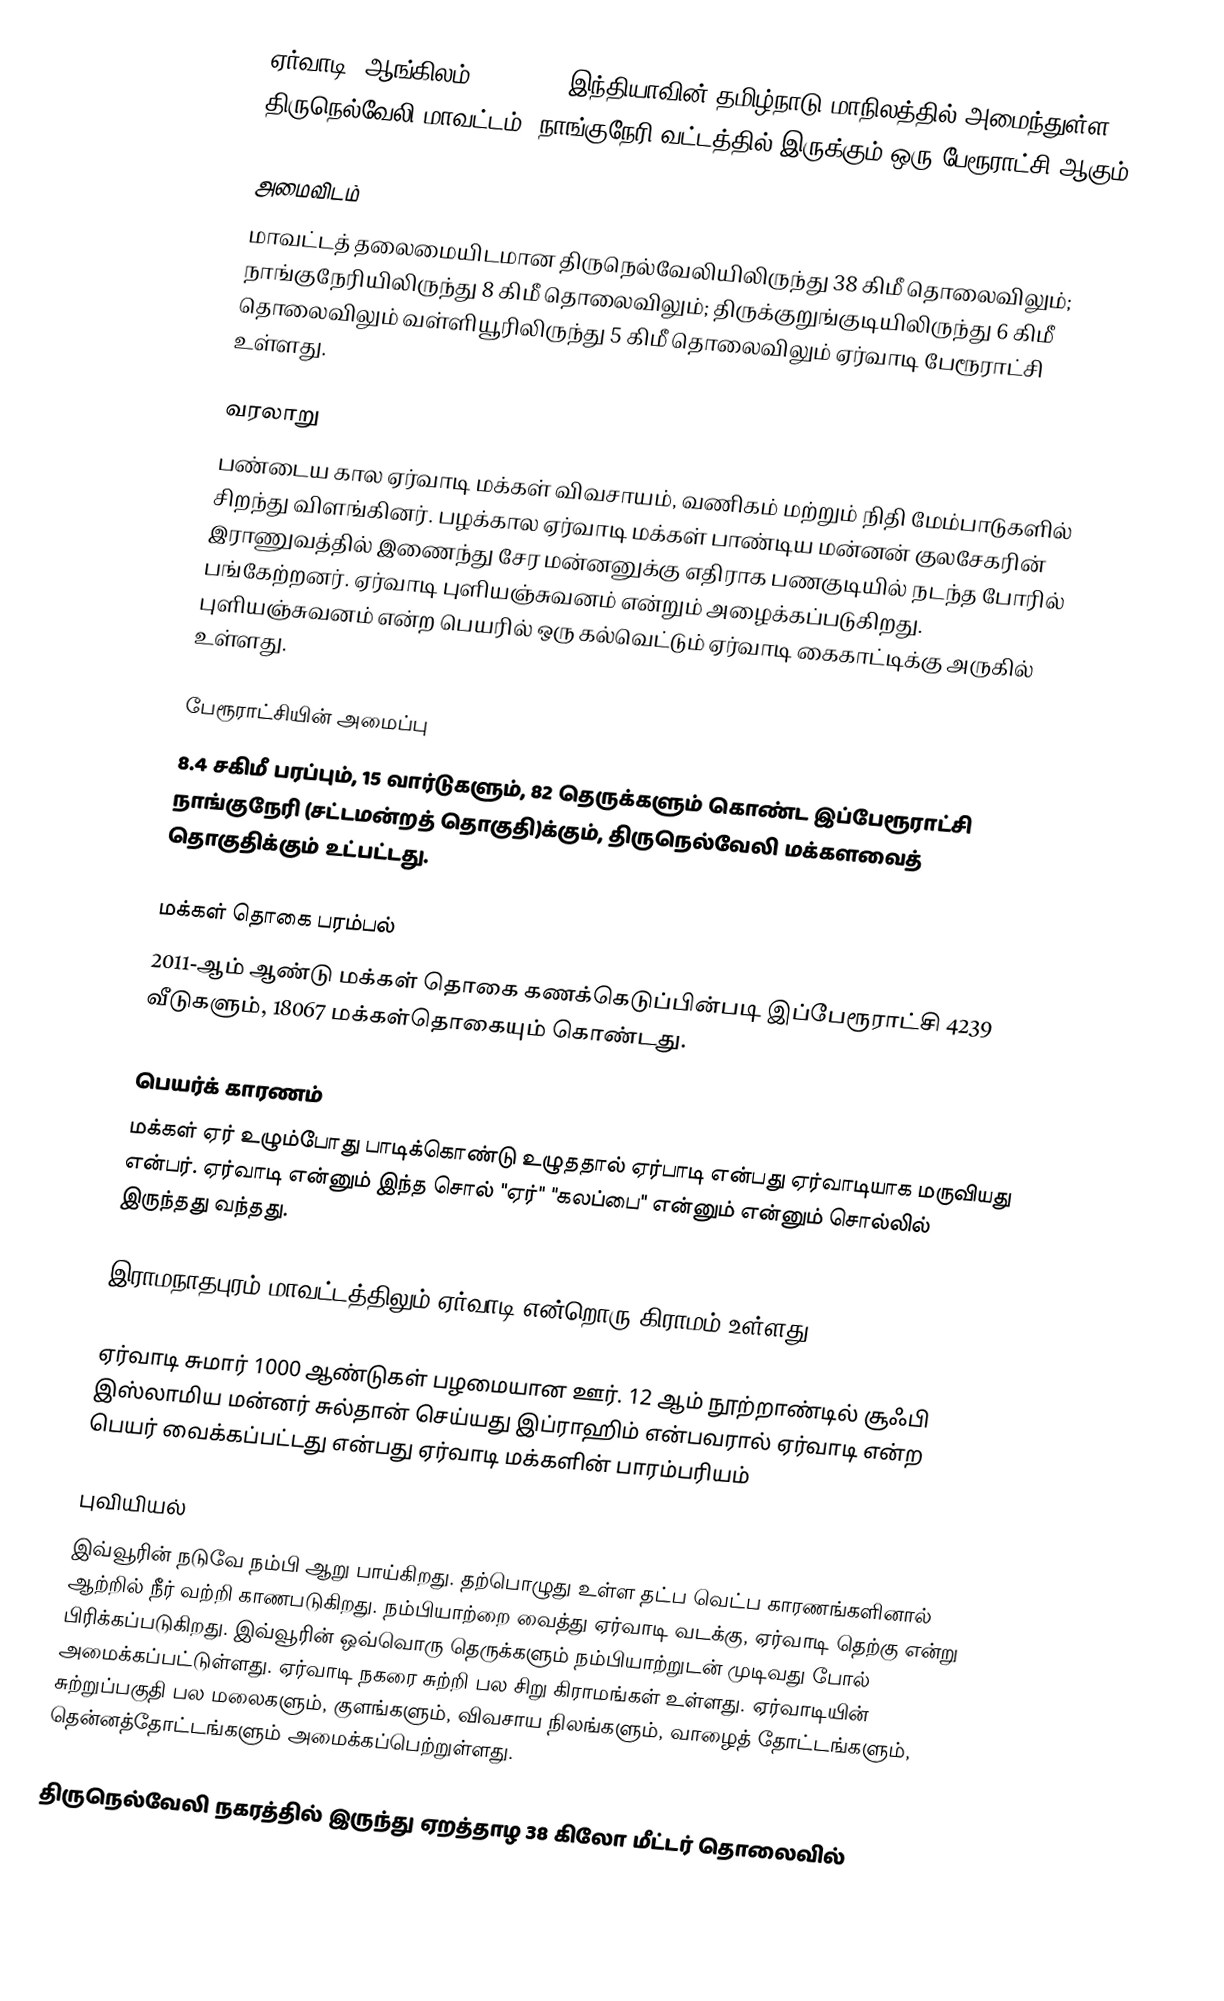
ஏர்வாடி (ஆங்கிலம்:Eruvadi), இந்தியாவின் தமிழ்நாடு மாநிலத்தில் அமைந்துள்ள திருநெல்வேலி மாவட்டம், நாங்குநேரி வட்டத்தில் இருக்கும் ஒரு பேரூராட்சி ஆகும்.

அமைவிடம்
மாவட்டத் தலைமையிடமான திருநெல்வேலியிலிருந்து 38 கிமீ தொலைவிலும்; நாங்குநேரியிலிருந்து 8 கிமீ தொலைவிலும்;  திருக்குறுங்குடியிலிருந்து 6 கிமீ தொலைவிலும்  வள்ளியூரிலிருந்து 5 கிமீ தொலைவிலும் ஏர்வாடி பேரூராட்சி உள்ளது.

வரலாறு
பண்டைய கால ஏர்வாடி மக்கள் விவசாயம், வணிகம் மற்றும் நிதி மேம்பாடுகளில் சிறந்து விளங்கினர். பழக்கால ஏர்வாடி மக்கள் பாண்டிய மன்னன் குலசேகரின் இராணுவத்தில் இணைந்து சேர மன்னனுக்கு எதிராக பணகுடியில் நடந்த போரில் பங்கேற்றனர். ஏர்வாடி புளியஞ்சுவனம் என்றும் அழைக்கப்படுகிறது. புளியஞ்சுவனம் என்ற பெயரில் ஒரு கல்வெட்டும் ஏர்வாடி கைகாட்டிக்கு அருகில் உள்ளது.

பேரூராட்சியின் அமைப்பு
8.4 சகிமீ பரப்பும், 15 வார்டுகளும், 82 தெருக்களும் கொண்ட இப்பேரூராட்சி  நாங்குநேரி (சட்டமன்றத் தொகுதி)க்கும், திருநெல்வேலி மக்களவைத் தொகுதிக்கும் உட்பட்டது.

மக்கள் தொகை பரம்பல்
2011-ஆம் ஆண்டு மக்கள் தொகை கணக்கெடுப்பின்படி  இப்பேரூராட்சி  4239       வீடுகளும்,  18067 மக்கள்தொகையும் கொண்டது.

பெயர்க் காரணம்
மக்கள் ஏர் உழும்போது பாடிக்கொண்டு உழுததால் ஏர்பாடி என்பது ஏர்வாடியாக மருவியது என்பர். ஏர்வாடி என்னும் இந்த சொல் "ஏர்" "கலப்பை" என்னும் என்னும் சொல்லில் இருந்தது வந்தது.

இராமநாதபுரம் மாவட்டத்திலும் ஏர்வாடி என்றொரு கிராமம் உள்ளது

ஏர்வாடி சுமார் 1000 ஆண்டுகள் பழமையான ஊர். 12 ஆம் நூற்றாண்டில் சூஃபி இஸ்லாமிய மன்னர் சுல்தான் செய்யது இப்ராஹிம் என்பவரால் ஏர்வாடி என்ற பெயர் வைக்கப்பட்டது என்பது ஏர்வாடி மக்களின் பாரம்பரியம்

புவியியல்
இவ்வூரின் நடுவே நம்பி ஆறு பாய்கிறது. தற்பொழுது உள்ள தட்ப வெட்ப காரணங்களினால் ஆற்றில் நீர் வற்றி காணபடுகிறது. நம்பியாற்றை வைத்து ஏர்வாடி வடக்கு, ஏர்வாடி தெற்கு என்று பிரிக்கப்படுகிறது. இவ்வூரின் ஒவ்வொரு தெருக்களும் நம்பியாற்றுடன் முடிவது போல் அமைக்கப்பட்டுள்ளது. ஏர்வாடி நகரை சுற்றி பல சிறு கிராமங்கள் உள்ளது. ஏர்வாடியின் சுற்றுப்பகுதி பல மலைகளும், குளங்களும், விவசாய நிலங்களும், வாழைத் தோட்டங்களும், தென்னத்தோட்டங்களும் அமைக்கப்பெற்றுள்ளது.

திருநெல்வேலி நகரத்தில் இருந்து ஏறத்தாழ 38 கிலோ மீட்டர் தொலைவில்